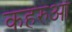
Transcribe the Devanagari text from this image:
कहरुआ